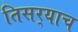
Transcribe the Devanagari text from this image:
तिसर्‍याच